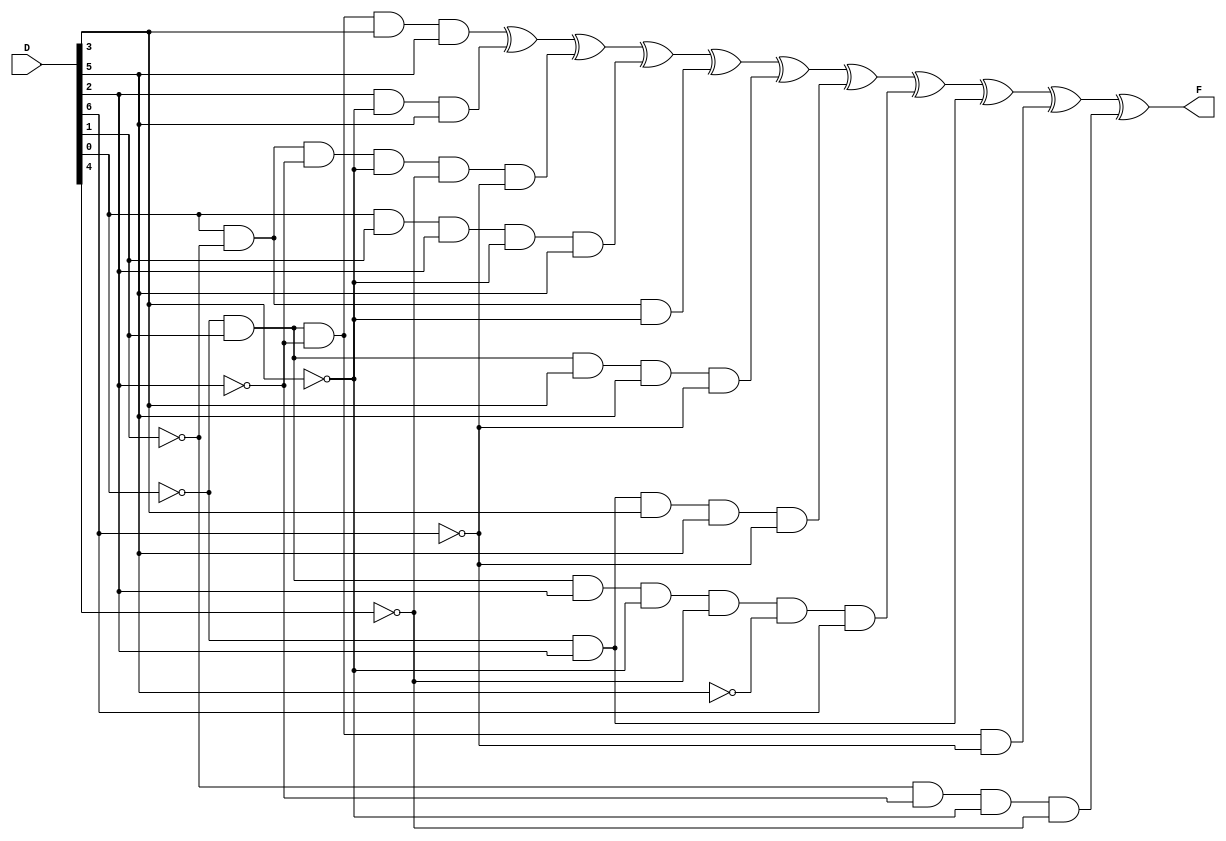
module parity_conventional( D, F );

input [6:0] D;
output F;

assign F = (~D[0] & D[1] & ~D[2] & D[3] & D[5]) ^
        (D[2] & ~D[3] & D[5]) ^
        (D[0] & ~D[1] & ~D[2] & ~D[3] & ~D[4] & ~D[6]) ^
        (D[0] & D[1] & D[2] & ~D[3] & D[5]) ^
        (D[0] & ~D[1] & ~D[3]) ^ 
        (~D[0] & D[1] & D[3] & D[5] & ~D[6]) ^ 
        (~D[0] & D[2] & D[3] & D[5] & ~D[6]) ^ 
        (~D[0] & D[1] & D[2] & ~D[3] & ~D[4] & ~D[5] & D[6]) ^ 
        (~D[0] & D[2]) ^ 
        (~D[0] & D[1] & ~D[2] & ~D[6]) ^ 
        (~D[1] & ~D[2] & ~D[3] & ~D[4]);

endmodule